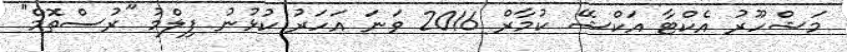
މަޝްހޫރު އެކްޓާ އަކްޝޭ ކުމާރް 2016 ވަނަ އަހަރު ކުޅުނު ފިލްމު "ރުސްތޮމް"